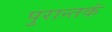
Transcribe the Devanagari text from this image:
पुरान्तकं